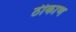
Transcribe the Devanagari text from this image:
ठीकाण